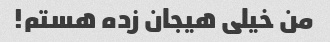
من خیلی هیجان زده هستم!